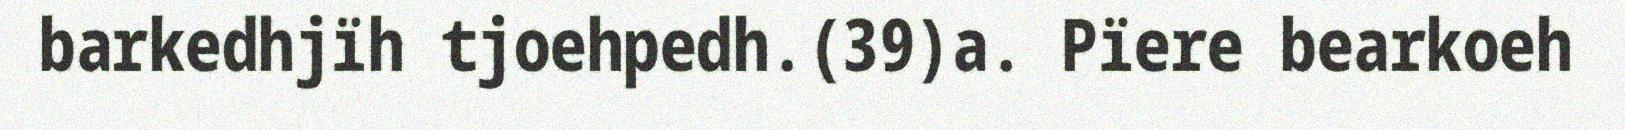
barkedhjïh tjoehpedh.(39)a. Pïere bearkoeh